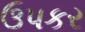
ઉપકર